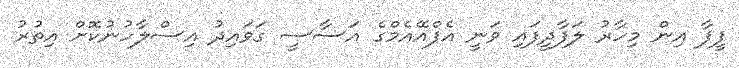
ފީފާ އިން މިހާރު ލަފާދީފައި ވަނީ އެފްއޭއެމްގެ އަސާސީ ގަވައިދު އިސްލާހުނުކޮށް އިތުރު